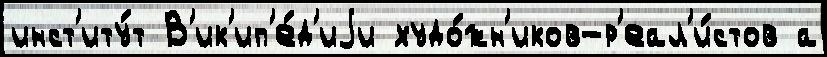
инст'иту́т В'ик'ип'е́д'иjи худо́жн'иков-р'еал'и́стов а